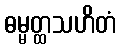
ဓမ္မတ္ထသဟိတံ